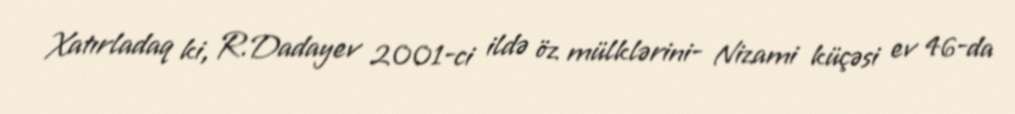
Xatırladaq ki, R.Dadayev 2001-ci ildə öz mülklərini- Nizami küçəsi ev 46-da